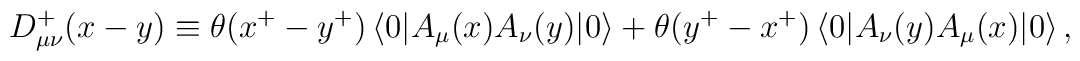
D^+_{\mu\nu}(x-y) \equiv\theta (x^+ -y^+)\left<0|A_\mu (x) A_\nu(y)|0\right> +\theta (y^+ -x^+)\left<0|A_\nu (y) A_\mu (x)|0\right>,